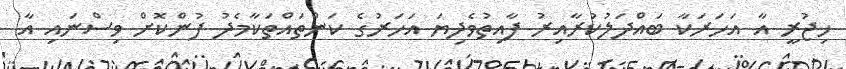
ހިޖުރީ އާ އަހަރަކާ ބައްދަލުކުރާއިރު ފާއިތުވެދިޔަ އަހަރުގެ ކަންތައްތަކާމެދު ފުންކޮށް ވިސްނައި އާ